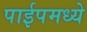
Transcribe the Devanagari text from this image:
पाईपमध्ये